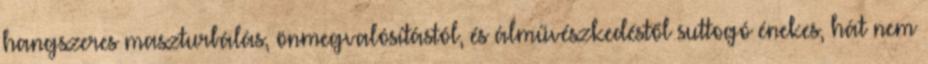
hangszeres maszturbálás, önmegvalósítástól, és álművészkedéstől suttogó énekes, hát nem